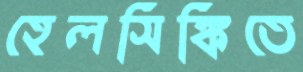
হেলসিঙ্কিতে